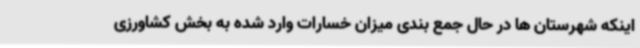
اینکه شهرستان ها در حال جمع بندی میزان خسارات وارد شده به بخش کشاورزی